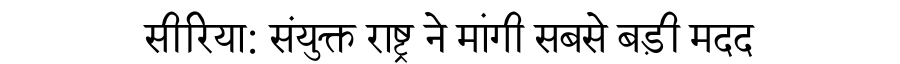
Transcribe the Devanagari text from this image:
सीरिया: संयुक्त राष्ट्र ने मांगी सबसे बड़ी मदद